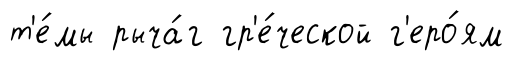
т'е́мы рыча́г гр'е́ческой г'еро́ям